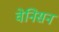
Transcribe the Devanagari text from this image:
वेनिसन